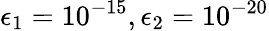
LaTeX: \epsilon_{1}=10^{-15},\epsilon_{2}=10^{-20}